Leprosy in India: report of the Leprosy Commission in India, 1890-91
Year: 1890
Disease focus: Leprosy
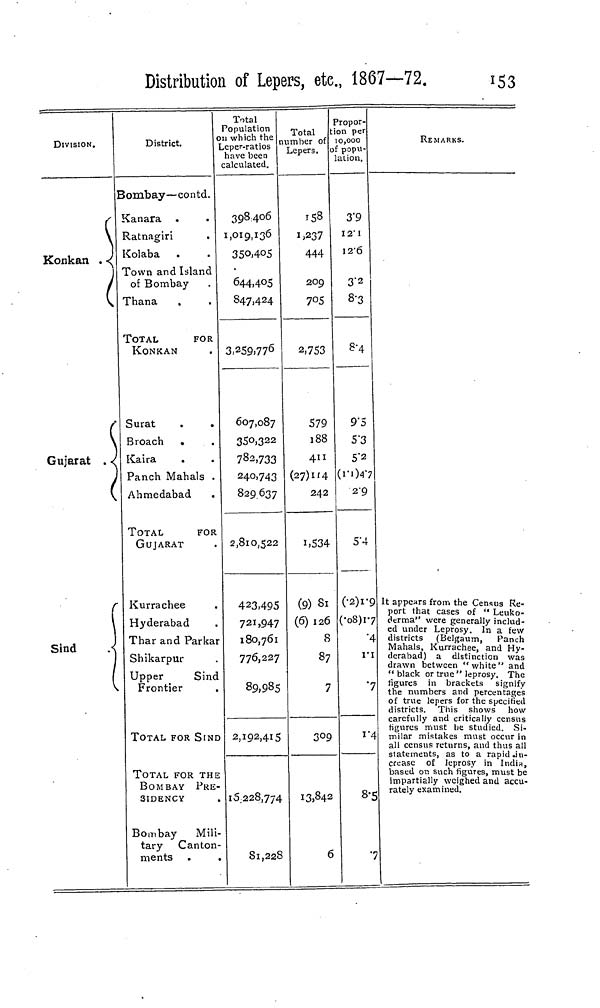
Distribution of Lepers, etc., 1867—72.
153
DIVISION.
I
(
V
Konkan
Gujarat . <
Sind
District.
Bombay—contd.
Kanara
Ratnagiri
Kolaba
Town and Island
of Bombay
Thana
TOTAL
FOR
KONKAN
Surat
Broach
.
Kaira
Panch Mahals
Ahmedabad
TOTAL
FOR
GUJARAT
Kurrachee
Hyderabad
Thar and Parkar
Shikarpur
Upper
Sind
Frontier
TOTAL FOR SIND
TOTAL FOR THE
BOMBAY PRE-
SIDENCY
Bombay
Mili-
tary
Canton-
ments
Total
Population
n which the n
Leper-ratios
have been
calculated.
398 406
1,019,136
350,405
644,405
847,424
3,259,776
607,087
350,322
782,733
240,743
829 637
2,810,522
423.495
721,947
180,761
776,227
89,985
2,192,415
15,228,774
81,228
Total
umber of
Lepers.
158
1,237
444
209
7°5
2,753
579
188
411
(27)114
242
1,534
(9) 81
(6) 126
8
87
7
309
13,842
6
Propor-
tion per
10,000
of popul-
ation.
3.9
12.1
12 . 6
3.2
8.3
8.4
9.5
5.3
5.2
2.9
5 . 4
(.2)1.9
(•08)1.7
.4
1.1
.7
1.4
8.5
.7
REMARKS.
It appears from the Census Re-
port that cases of " Leuko-
derma" were generally includ-
ed under Leprosy. In a few
districts (Belgaum,
Panch
Mahals, Kurrachee, and Hy-
derabad) a distinction was
drawn between "white" and
"black or true" leprosy. The
figures in brackets signify
the numbers and percentages
of true lepers for the specified
districts. This shows how
carefully and critically census
figures must be studied. Si-
milar mistakes must occur in
all census returns, and thus all
statements, as to a rapid in-
crease of leprosy in India,
based or. such figures, must be
impartially weighed and accu-
rately examined.